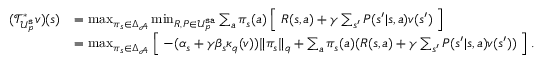
\begin{array} { r l } { ( \mathcal { T } _ { \mathcal { U } _ { p } ^ { \mathtt { s } } } ^ { * } v ) ( s ) } & { = \operatorname* { m a x } _ { \pi _ { s } \in \Delta _ { \mathcal { A } } } \operatorname* { m i n } _ { { R , P \in \mathcal { U } _ { p } ^ { \mathtt { s a } } } } \sum _ { a } \pi _ { s } ( a ) \Bigm [ R ( s , a ) + \gamma \sum _ { s ^ { \prime } } P ( s ^ { \prime } | s , a ) v ( s ^ { \prime } ) \Bigm ] } \\ & { = \operatorname* { m a x } _ { \pi _ { s } \in \Delta _ { \mathcal { A } } } \Bigm [ - ( \alpha _ { s } + \gamma \beta _ { s } \kappa _ { q } ( v ) ) \lVert \pi _ { s } \rVert _ { q } + \sum _ { a } \pi _ { s } ( a ) ( R ( s , a ) + \gamma \sum _ { s ^ { \prime } } P ( s ^ { \prime } | s , a ) v ( s ^ { \prime } ) ) \Bigm ] . } \end{array}